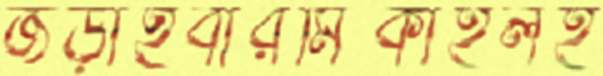
জড়াইবারমিকাইলহ